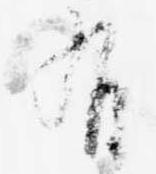
有